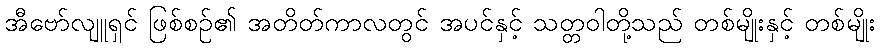
အီဗော်လျူရှင် ဖြစ်စဉ်၏ အတိတ်ကာလတွင် အပင်နှင့် သတ္တဝါတို့သည် တစ်မျိုးနှင့် တစ်မျိုး